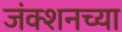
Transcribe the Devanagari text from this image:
जंक्शनच्या